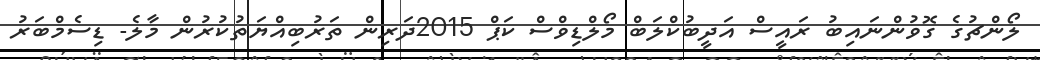
ލޯންޗުގެ ގޮވުންނައިބު ރައީސް އަދީބުކްލަބް މޯލްޑިވްސް ކަޕް 2015ދަރިން ތަރުބިއްޔަތުކުރުން މާލެ- ޑިސެމްބަރު